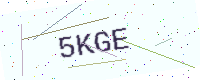
Text: 5KGE